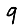
Digit: 9